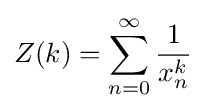
Z(k)=\sum _{n=0}^{\infty }{\frac {1}{x_{n}^{k}}}